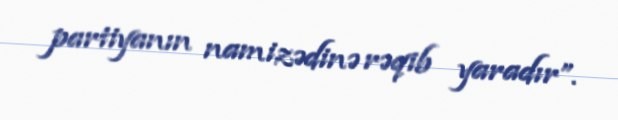
partiyanın namizədinə rəqib yaradır”.